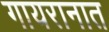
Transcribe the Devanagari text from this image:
गायरानात